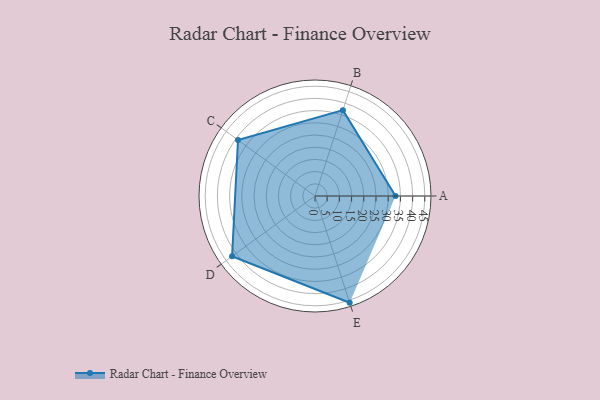
{"axis": {"x": "Skill", "y": "Score"}, "legend": ["Profile"], "data": [{"x": "A", "y": 33.0, "type": "Profile"}, {"x": "B", "y": 37.0, "type": "Profile"}, {"x": "C", "y": 39.0, "type": "Profile"}, {"x": "D", "y": 42.0, "type": "Profile"}, {"x": "E", "y": 46.0, "type": "Profile"}]}